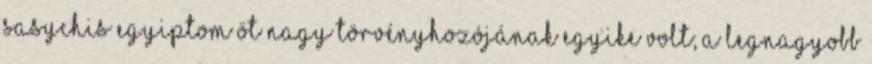
Sasychis Egyiptom öt nagy törvényhozójának egyike volt; a legnagyobb